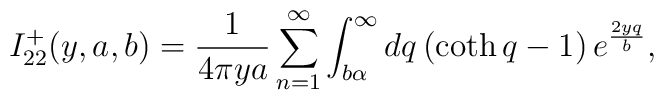
I_{22}^{+}(y,a,b)=\frac{1}{4\pi ya}\sum_{n=1}^{\infty}\int_{b\alpha}^{\infty }dq\left( \coth q-1\right) e^{\frac{2yq}{b}},